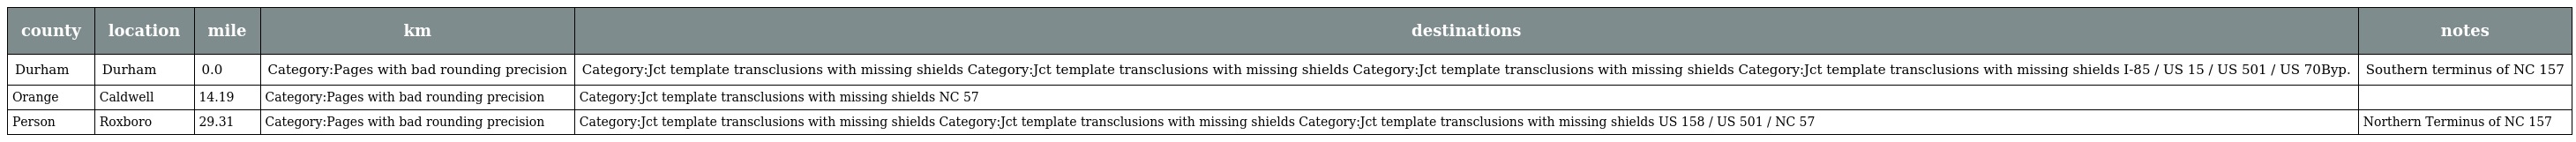
| county | location | mile | km | destinations | notes |
 | --- | --- | --- | --- | --- | --- |
 | Durham | Durham | 0.0 | Category:Pages with bad rounding precision | Category:Jct template transclusions with missing shields Category:Jct template transclusions with missing shields Category:Jct template transclusions with missing shields Category:Jct template transclusions with missing shields I-85 / US 15 / US 501 / US 70Byp. | Southern terminus of NC 157 |
 | Orange | Caldwell | 14.19 | Category:Pages with bad rounding precision | Category:Jct template transclusions with missing shields NC 57 |  |
 | Person | Roxboro | 29.31 | Category:Pages with bad rounding precision | Category:Jct template transclusions with missing shields Category:Jct template transclusions with missing shields Category:Jct template transclusions with missing shields US 158 / US 501 / NC 57 | Northern Terminus of NC 157 |